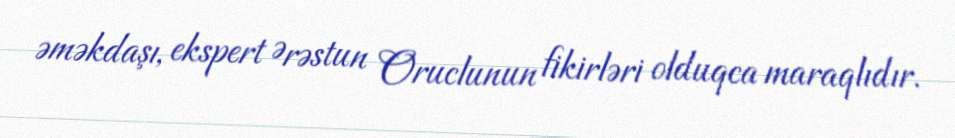
əməkdaşı, ekspert Ərəstun Oruclunun fikirləri olduqca maraqlıdır.